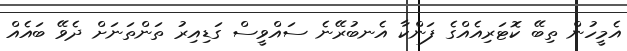
އެމީހުން ތިބޭ ކޮޓަރިއެއްގެ ފަންކާ އެނބުރޭނެ ސައްވީސް ގަޑިއިރު ތަންތަނަށް ދެވޭ ބައެއް